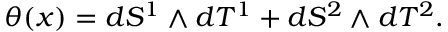
\theta ( x ) = d S ^ { 1 } \wedge d T ^ { 1 } + d S ^ { 2 } \wedge d T ^ { 2 } .